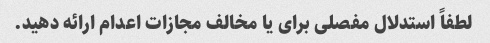
لطفاً استدلال مفصلی برای یا مخالف مجازات اعدام ارائه دهید.